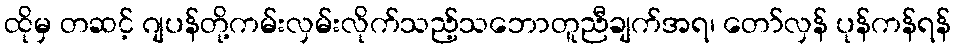
ထိုမှ တဆင့် ဂျပန်တို့ကမ်းလှမ်းလိုက်သည့်သဘောတူညီချက်အရ၊ တော်လှန် ပုန်ကန်ရန်